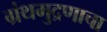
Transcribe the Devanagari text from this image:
ग्रंथमुद्रणाचा